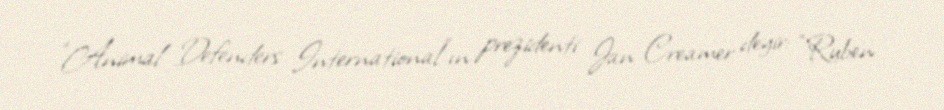
“Animal Defenders International”ın prezidenti Jan Creamer deyir: “Ruben